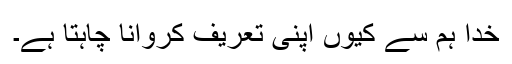
خدا ہم سے کیوں اپنی تعریف کروانا چاہتا ہے۔